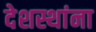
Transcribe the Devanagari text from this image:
देशस्थांना